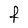
Character: f